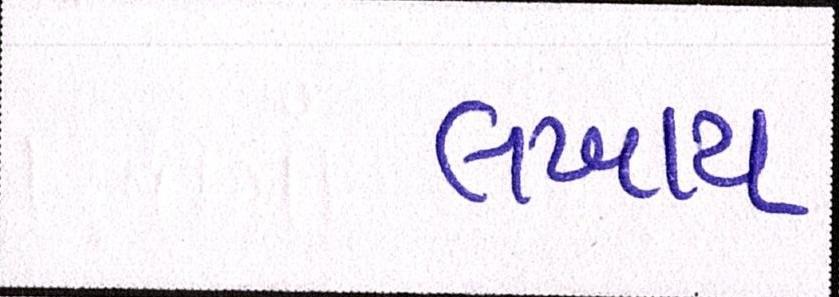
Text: લખાય